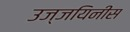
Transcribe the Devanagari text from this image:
उज्जयिनीस